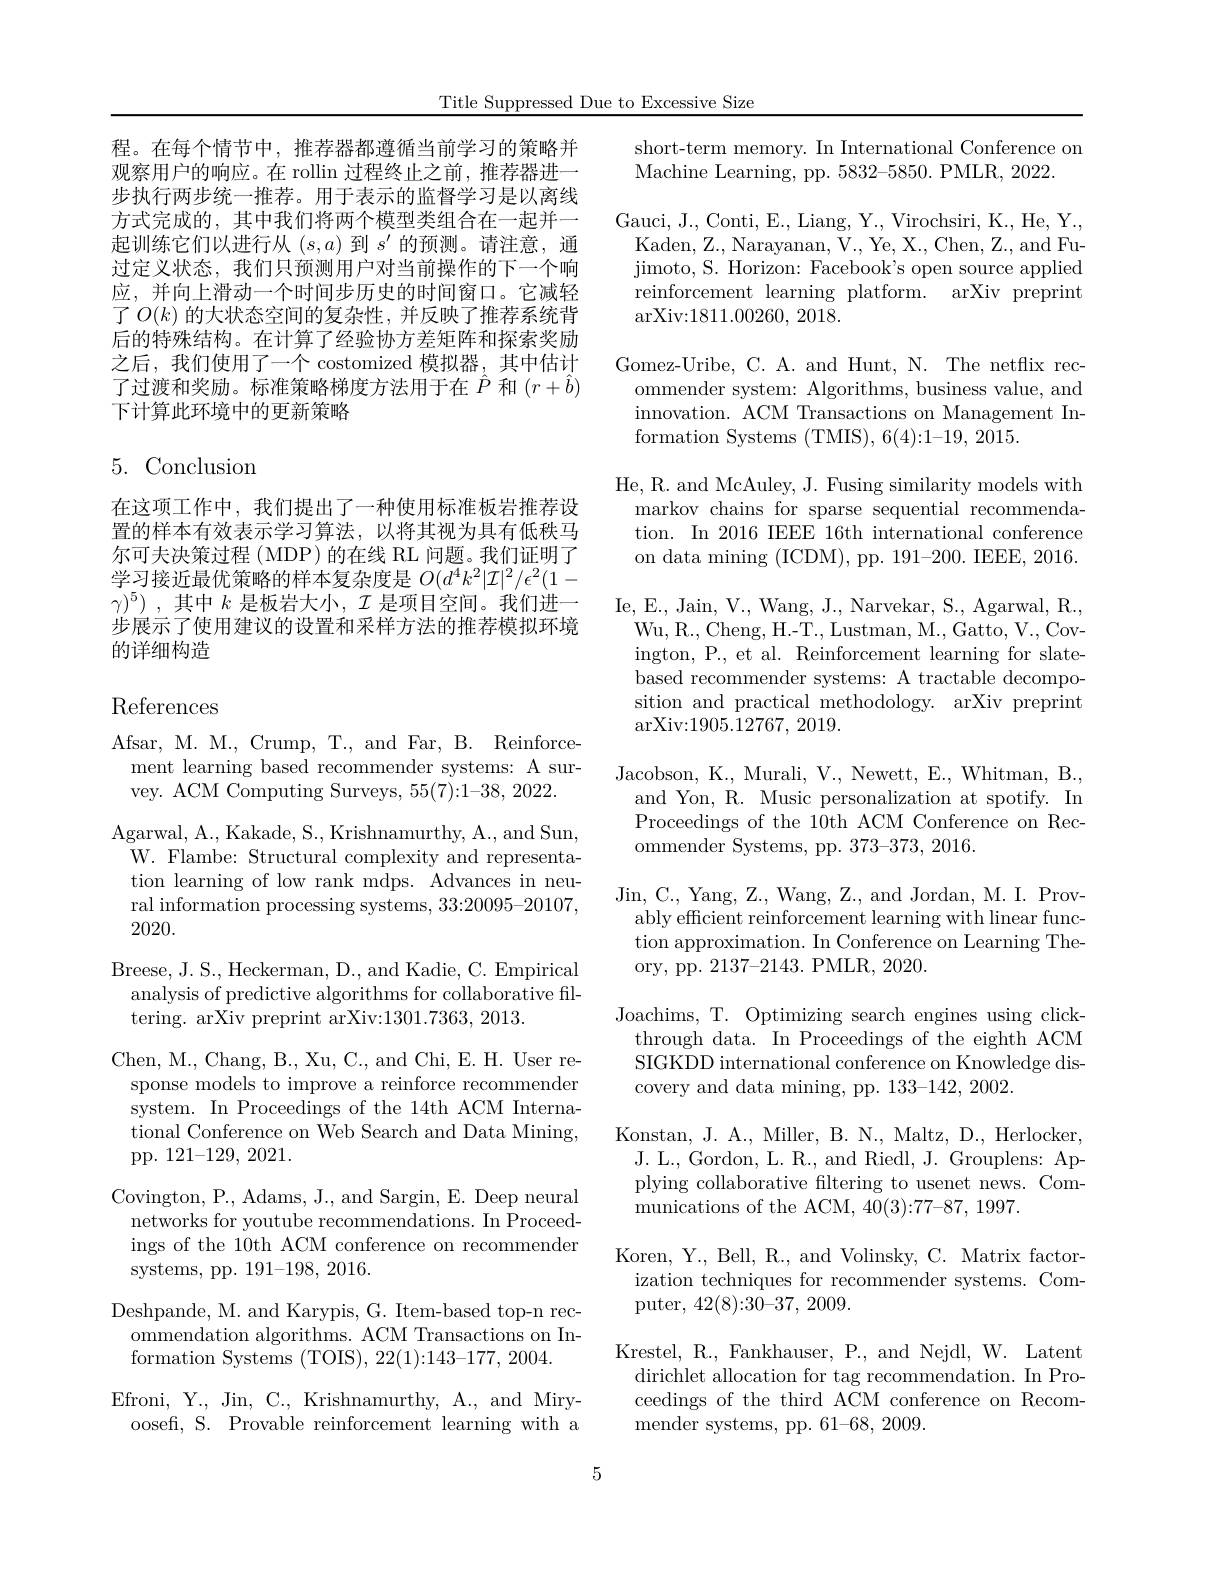
Title Suppressed Due to Excessive Size

程。在每个情节中，推荐器都遵循当前学习的策略并观察用户的响应。在 rollin 过程终止之前，推荐器进一步执行两步统一推荐。用于表示的监督学习是以离线方式完成的，其中我们将两个模型类组合在一起并一起训练它们以进行从$(s,a)$到$s^\prime$的预测。请注意，通过定义状态，我们只预测用户对当前操作的下一个响应，并向上滑动一个时间步历史的时间窗口。它减轻了$O(k)$的大状态空间的复杂性，并反映了推荐系统背后的特殊结构。在计算了经验协方差矩阵和探索奖励之后，我们使用了一个 costomized 模拟器，其中估计了过渡和奖励。标准策略梯度方法用于在$\hat{P}$和$(r+\hat{b})$ 下计算此环境中的更新策略

# 5. Conclusion

在这项工作中，我们提出了一种使用标准板岩推荐设置的样本有效表示学习算法，以将其视为具有低秩马尔可夫决策过程 (MDP)的在线 RL 问题。我们证明了学习接近最优策略的样本复杂度是$O(d^4k^2|\mathcal{I}|^2/\epsilon^2(1-$ $\gamma ) ^5)$ ,其中$k$是板岩大小$,\mathcal{I}$是项目空间。我们进一步展示了使用建议的设置和采样方法的推荐模拟环境的详细构造

## $\operatorname{References}$

Afsar, M. M., Crump, T., and Far, B. Reinforcement learning based recommender systems: A survey. ACM Computing Surveys, 55(7):1-38,2022.
Agarwal, A. , Kakade, S. , Krishnamurthy, A. , and Sun, W. Flambe: Structural complexity and representation learning of low rank mdps. Advances in neural information processing systems, 33:20095-20107, 2020.
Breese, J. S., Heckerman, D., and Kadie, C. Empirical analysis of predictive algorithms for collaborative filtering. arXiv preprint arXiv:1301.7363, 2013.
Chen, M., Chang, B., Xu, C., and Chi, E. H. User response models to improve a reinforce recommender system. In Proceedings of the 14th ACM International Conference on Web Search and Data Mining, pp. 121-129, 2021.
Covington, P., Adams, J., and Sargin, E. Deep neural networks for youtube recommendations. In Proceedings of the 10th ACM conference on recommender systems, pp. 191-198, 2016.
Deshpande, M. and Karypis, G. Item-based top-n rec-
ommendation algorithms. ACM Transactions on In-
formation Systems (TOIS), 22(1):143-177, 2004.
Efroni, Y., Jin, C., Krishnamurthy, A., and Miryoosefi, S. Provable reinforcement learning with a

short-term memory. In International Conference on
Machine Learning, pp. 5832-5850. PMLR, 2022.

Gauci, J., Conti, E., Liang, Y., Virochsiri, K., He, Y., Kaden, Z., Narayanan, V., Ye, X., Chen, Z., and Fujimoto, S. Horizon: Faceboo$k^{\prime }$s open source applied reinforcement learning platform. arXiv preprint $\operatorname{arXiv:1811.00260,~2018}.$

Gomez-Uribe, C. A. and Hunt, N. The netflix recommender system: Algorithms, business value, and innovation. ACM Transactions on Management Information Systems (TMIS), 6(4):1-19, 2015.

He, R. and McAuley, J. Fusing similarity models with markov chains for sparse sequential recommendation. In 2016 IEEE 16th international conference on data mining (ICDM), pp. 191-200. IEEE, 2016. Ie, E., Jain, V., Wang, J., Narvekar, S., Agarwal, R., Wu, R., Cheng, H.-T., Lustman, M., Gatto, V., Covington, P., et al. Reinforcement learning for slatebased recommender systems: A tractable decomposition and practical methodology. arXiv preprint $\operatorname{arXiv:1905.12767,~2019}.$

Jacobson, K., Murali, V., Newett, E., Whitman, B., and Yon, R. Music personalization at ***. In Proceedings of the 10th ACM Conference on Rec- ${\mathrm{ommender~Systems,~pp.~373-373,~2016.}}$
Jin, C., Yang, Z., Wang, Z., and Jordan, M. I. Provably efficient reinforcement learning with linear function approximation. In Conference on Learning Theory, pp. 2137-2143. PMLR, 2020.
Joachims, T. Optimizing search engines using clickthrough data. In Proceedings of the eighth ACM SIGKDD international conference on Knowledge discovery and data mining, pp. 133-142, 2002.
Konstan, J. A., Miller, B. N., Maltz, D., Herlocker, J. L., Gordon, L. R., and Riedl, J. Grouplens: Applying collaborative filtering to usenet news. Communications of the ACM, 40(3):77-87, 1997.
Koren, Y., Bell, R., and Volinsky, C. Matrix factorization techniques for recommender systems. Computer, 42(8){:}30{-}37,2009.
Krestel, R., Fankhauser, P., and Nejdl, W. Latent dirichlet allocation for tag recommendation. In Pro-

ceedings of the third ACM conference on Recom-
mender systems, pp. 61-68, 2009.

5